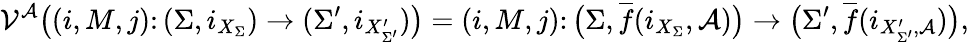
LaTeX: \mathcal{V}^{\mathcal{A}}\big((i,M,j)\colon(\Sigma,i_{X_{\Sigma}})\to(\Sigma^{\prime},i_{X_{\Sigma^{\prime}}^{\prime}})\big)=(i,M,j)\colon\big(\Sigma,\overline{{f}}(i_{X_{\Sigma}},\mathcal{A})\big)\to\big(\Sigma^{\prime},\overline{{f}}(i_{X_{\Sigma^{\prime}}^{\prime},\mathcal{A}})\big),